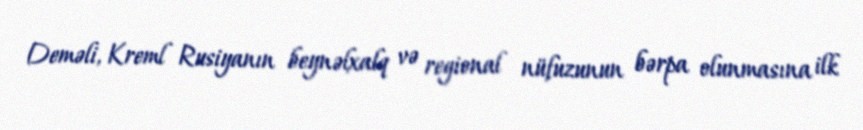
Deməli, Kreml Rusiyanın beynəlxalq və regional nüfuzunun bərpa olunmasına ilk